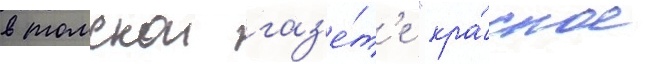
в томскои газ'е́т'е "кра́сное